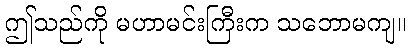
ဤသည်ကို မဟာမင်းကြီးက သဘောမကျ။